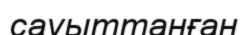
сауыттанған